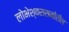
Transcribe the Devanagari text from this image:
लोभेश्‍वरासमोरील